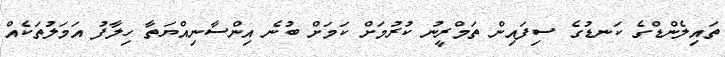
ތައިލެންޑްގެ ކަނޑުގެ ސިފައިން ތަމްރީނު ކުރުމަށް ކަމަށް ބުނެ އިންސާނިއްޔަތާ ހިލާފު އަމަލުތަކެއް